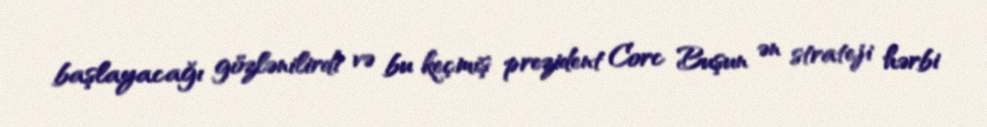
başlayacağı gözlənilirdi və bu keçmiş prezident Corc Buşun ən strateji hərbi